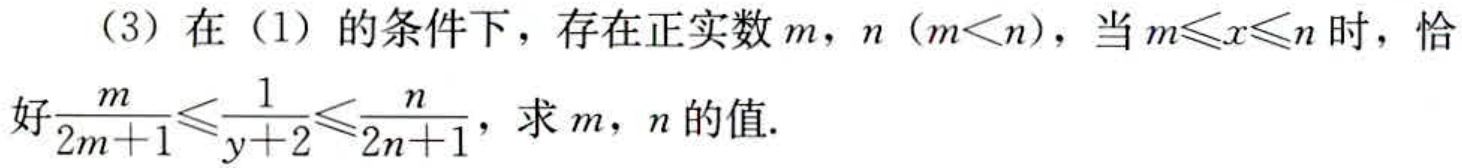
（3）在（1）的条件下，存在正实数\(m\)，\(n\)（\(m < n\)），当\(m\leqslant x\leqslant n\)时，恰好\(\frac{m}{2m + 1}\leqslant\frac{1}{y + 2}\leqslant\frac{n}{2n + 1}\)，求\(m\)，\(n\)的值.